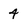
Character: 4